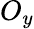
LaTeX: O_{y}